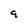
Character: 9